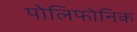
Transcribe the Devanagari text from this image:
पोलिफोनिक